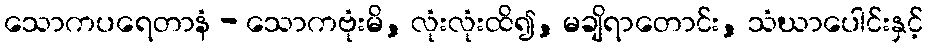
သောကပရေတာနံ - သောကဗုံးမိ, လုံးလုံးထိ၍, မချိရာတောင်း, သံဃာပေါင်းနှင့်